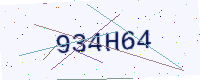
Text: 934H64